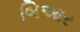
બિઆર